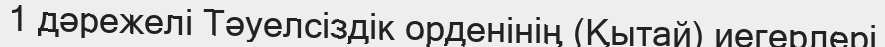
1 дәрежелі Тәуелсіздік орденінің (Қытай) иегерлері